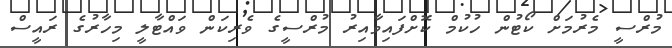
މުރްސީ މެރުމަށް ކޯޓުން ހުކުމް ކޮށްފައިވާއިރު މުރްސީގެ ވެރިކަން ވައްޓާލީ މިހާރުގެ ރައީސް